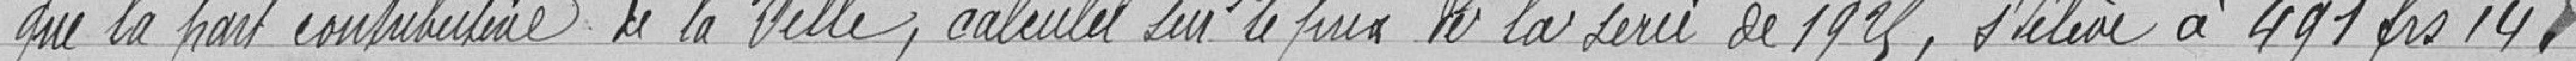
la part contributaire de la Ville, calculée sur le prix de la série de 1925, s'élève à 491 francs 14.